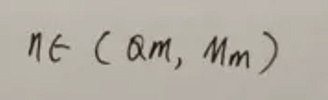
$n\in (\alpha_m, M_m)$